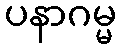
ပနာဂမ္မ